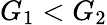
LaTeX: G_{1}<G_{2}